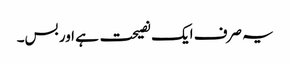
یہ صرف ایک نصیحت ہے اور بس۔